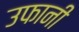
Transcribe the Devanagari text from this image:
उफानी